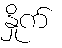
နှိုက်